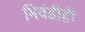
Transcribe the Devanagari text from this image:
भिवंडीही